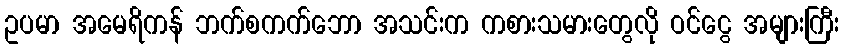
ဥပမာ အမေရိကန် ဘက်စကက်ဘော အသင်းက ကစားသမားတွေလို ဝင်ငွေ အများကြီး